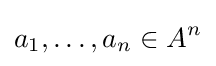
a_{1},\ldots ,a_{n}\in A^{n}